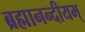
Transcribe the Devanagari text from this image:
ब्रह्मानन्दीयम्